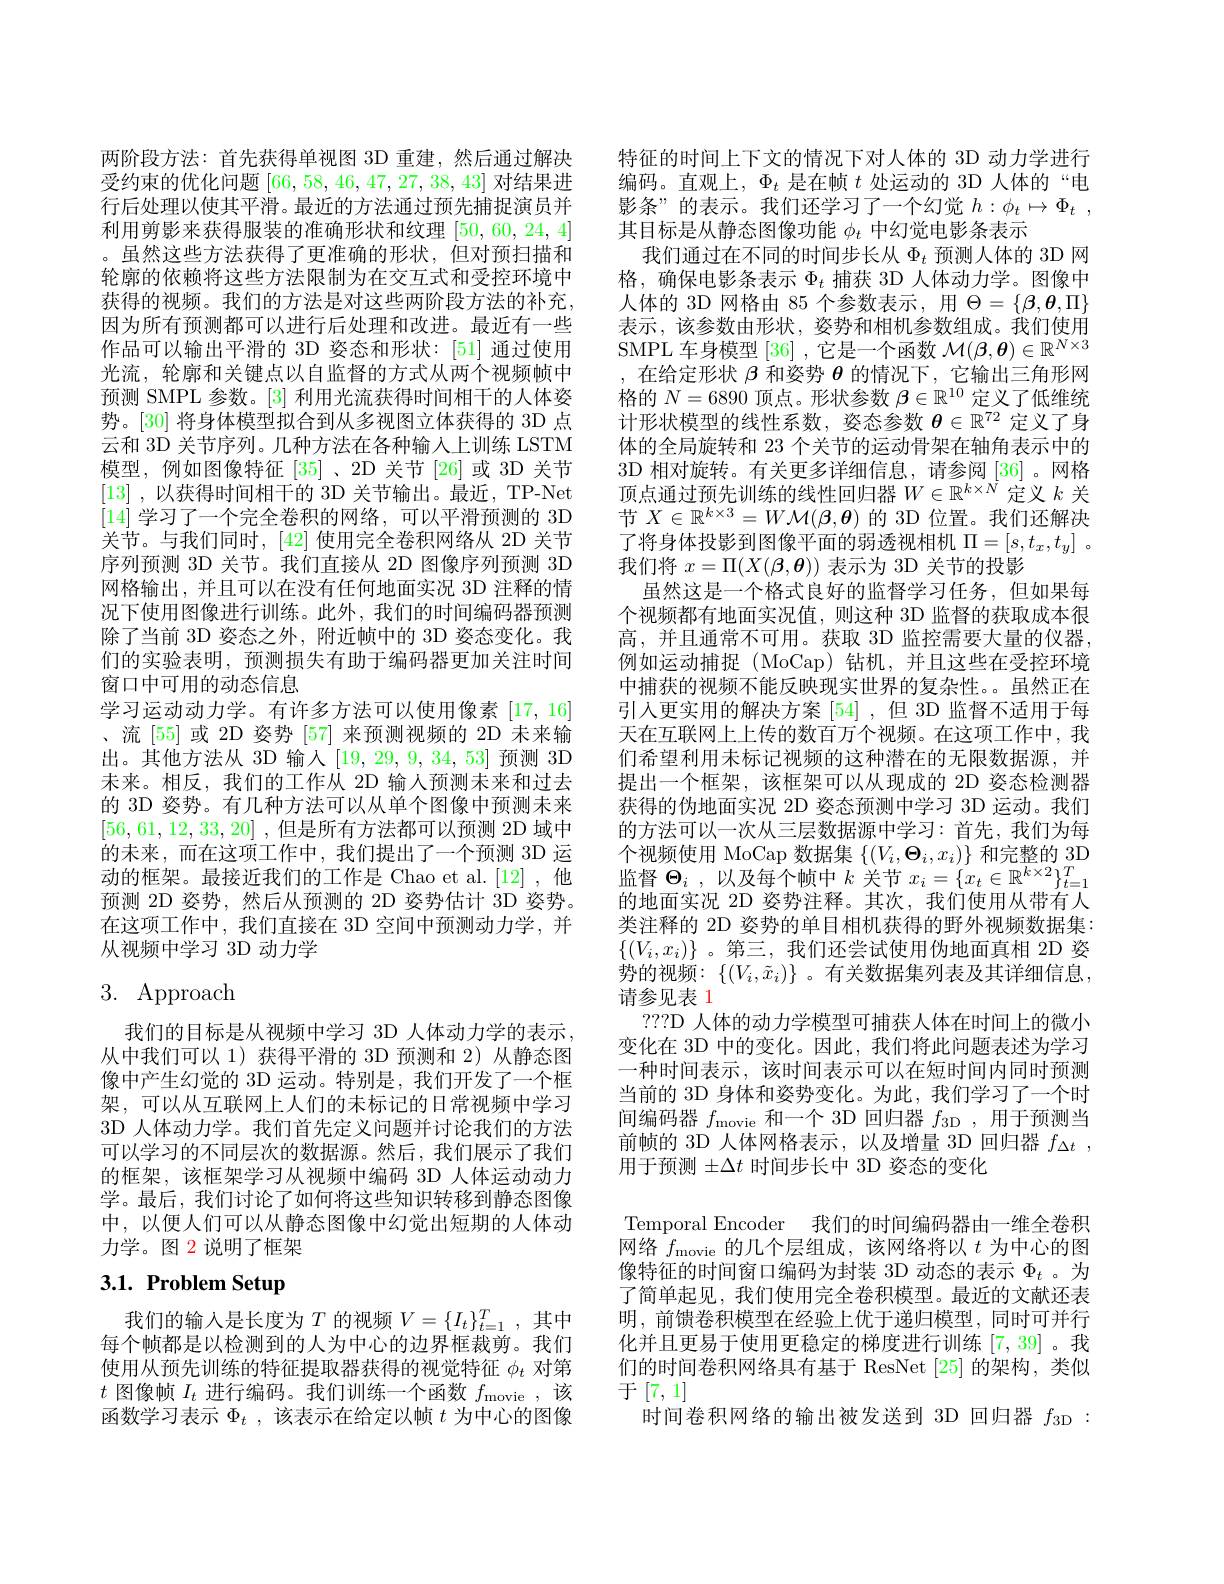
两阶段方法：首先获得单视图 3D 重建，然后通过解决受约束的优化问题[66,58,46,47,27,38,43]对结果进行后处理以使其平滑。最近的方法通过预先捕捉演员并利用剪影来获得服装的准确形状和纹理[50,60,24,4] 。虽然这些方法获得了更准确的形状，但对预扫描和轮廓的依赖将这些方法限制为在交互式和受控环境中获得的视频。我们的方法是对这些两阶段方法的补充， 因为所有预测都可以进行后处理和改进。最近有一些作品可以输出平滑的 3D 姿态和形状：[51] 通过使用光流，轮廓和关键点以自监督的方式从两个视频帧中预测 SMPL 参数。[3] 利用光流获得时间相干的人体姿势。[30] 将身体模型拟合到从多视图立体获得的 3D 点云和 3D 关节序列。几种方法在各种输入上训练 LSTM 模型，例如图像特征[35] 、2D 关节 [26]或 3D 关节[13] ,以获得时间相干的 3D 关节输出。最近，TP-Net [14]学习了一个完全卷积的网络，可以平滑预测的 3D 关节。与我们同时，[42] 使用完全卷积网络从 2D 关节序列预测 3D 关节。我们直接从 2D 图像序列预测 3D 网格输出，并且可以在没有任何地面实况 3D 注释的情况下使用图像进行训练。此外，我们的时间编码器预测除了当前 3D 姿态之外，附近帧中的 3D 姿态变化。我们的实验表明，预测损失有助于编码器更加关注时间窗口中可用的动态信息
学习运动动力学。有许多方法可以使用像素[17,16] 、流 [55] 或 2D 姿势 [57] 来预测视频的 2D 未来输出。其他方法从 3D 输入[19,29,9,34,53]预测 3D 未来。相反，我们的工作从 2D 输人预测未来和过去的 3D 姿势。有几种方法可以从单个图像中预测未来[56,61,12,33,20] ,但是所有方法都可以预测 2D 域中的未来，而在这项工作中，我们提出了一个预测 3D 运动的框架。最接近我们的工作是 Chao et al.[12],他预测 2D 姿势，然后从预测的 2D 姿势估计 3D 姿势。在这项工作中，我们直接在 3D 空间中预测动力学，并从视频中学习 3D 动力学

# 3. Approach

我们的目标是从视频中学习 3D 人体动力学的表示， 从中我们可以 1) 获得平滑的 3D 预测和 2) 从静态图像中产生幻觉的 3D 运动。特别是，我们开发了一个框架，可以从互联网上人们的未标记的日常视频中学习3D 人体动力学。我们首先定义问题并讨论我们的方法可以学习的不同层次的数据源。然后，我们展示了我们的框架，该框架学习从视频中编码 3D 人体运动动力学。最后，我们讨论了如何将这些知识转移到静态图像中，以便人们可以从静态图像中幻觉出短期的人体动力学。图 2 说明了框架

# 3.1. Problem Setup

我们的输入是长度为$T$的视频$V=\{I_t\}_t=1^T$,其中每个帧都是以检测到的人为中心的边界框裁剪。我们使用从预先训练的特征提取器获得的视觉特征$\phi_t$对第$t$图像帧$I_t$进行编码。我们训练一个函数$f_\mathrm{movie}$,该函数学习表示$\Phi_t$ ,该表示在给定以帧$t$为中心的图像

特征的时间上下文的情况下对人体的 3D 动力学进行编码。直观上，$\Phi_t$是在帧$t$处运动的 3D 人体的“电影条”的表示。我们还学习了一个幻觉$h: \phi _t\mapsto \Phi _t$ , 其目标是从静态图像功能$\phi_t$中幻觉电影条表示
我们通过在不同的时间步长从$\Phi_t$预测人体的 3D 网格，确保电影条表示$\Phi_t$捕获 3D 人体动力学。图像中人体的 3D 网格由 85 个参数表示，用$\Theta=\{\beta,\boldsymbol{\theta},\Pi\}$ 表示，该参数由形状，姿势和相机参数组成。我们使用SMPL 车身模型[36] ,它是一个函数$\mathcal{M}(\beta,\boldsymbol{\theta})\in\mathbb{R}^N\times3$
在给定形状$\beta$和姿势$\theta$的情况下，它输出三角形网格的$N=6890$顶点。形状参数$\beta\in\mathbb{R}^10$定义了低维统计形状模型的线性系数，姿态参数$\theta\in\mathbb{R}^72$定义了身体的全局旋转和 23 个关节的运动骨架在轴角表示中的3D 相对旋转。有关更多详细信息，请参阅[36]。网格顶点通过预先训练的线性回归器$W\in\mathbb{R}^{k\times\hat{N}}$定义$k$关节$X\in\mathbb{R}^{k\times3}=W\mathcal{M}(\boldsymbol{\beta},\boldsymbol{\theta})$的 3D 位置。我们还解决了将身体投影到图像平面的弱透视相机$\Pi=[s,t_x,t_y]$ 。我们将$x=\Pi(X(\boldsymbol{\beta},\boldsymbol{\theta}))$表示为 3D 关节的投影
虽然这是一个格式良好的监督学习任务，但如果每个视频都有地面实况值，则这种 3D 监督的获取成本很高，并且通常不可用。获取 3D 监控需要大量的仪器例如运动捕捉(MoCap)钻机，并且这些在受控环境中捕获的视频不能反映现实世界的复杂性。虽然正在引入更实用的解决方案[54] ,但 3D 监督不适用于每天在互联网上上传的数百万个视频。在这项工作中，我们希望利用未标记视频的这种潜在的无限数据源，并提出一个框架，该框架可以从现成的 2D 姿态检测器获得的伪地面实况 2D 姿态预测中学习 3D 运动。我们的方法可以一次从三层数据源中学习：首先，我们为每个 视 频 使 用 MoCap 数 据 集 $\left \{ ( V_{i}, \Theta _{i}, x_{i}) \right \}$和 完 整 的 3D 监 督 $\Theta _{i}$ , 以 及 每 个 帧 中 $k$ 关 节 $x_{i}= \{ x_{t}\in \mathbb{R} ^{k\times 2}\} _{t= 1}^{T}$ 监 督 $\Theta _{i}$ , 以 及 每 个 帧 中 $k$ 关 节 $x_{i}= \{ x_{t}\in \mathbb{R} ^{k\times 2}\} _{t= 1}^{T}$ 的地面实况 2D 姿势注释。其次，我们使用从带有人类注释的 2D 姿势的单目相机获得的野外视频数据集： $\{(V_i,x_i)\}$ 。第三，我们还尝试使用伪地面真相 2D 姿势的视频：$\{(V_i,\tilde{x}_i)\}$。有关数据集列表及其详细信息， 请参见表 1
???D 人体的动力学模型可捕获人体在时间上的微小变化在 3D 中的变化。因此，我们将此问题表述为学习一种时间表示，该时间表示可以在短时间内同时预测当前的 3D 身体和姿势变化。为此，我们学习了一个时间编码器$f_\mathrm{movie}$和一个 3D 回归器$f_3$D,用于预测当前帧的 3D 人体网格表示，以及增量 3D 回归器$f_{\Delta t}$, 用于预测$\pm\Delta t$时间步长中 3D 姿态的变化
Temporal Encoder 我们的时间编码器由一维全卷积网络$f_\mathrm{movie}$的几个层组成，该网络将以$t$为中心的图像特征的时间窗口编码为封装 3D 动态的表示$\Phi_t$ 。为了简单起见，我们使用完全卷积模型。最近的文献还表明，前馈卷积模型在经验上优于递归模型，同时可并行化并且更易于使用更稳定的梯度进行训练[7,39]。我们的时间卷积网络具有基于 ResNet [25]的架构，类似于[7,1]
时间卷积网络的输出被发送到 3D 回归器$f_\mathrm{3D}:$